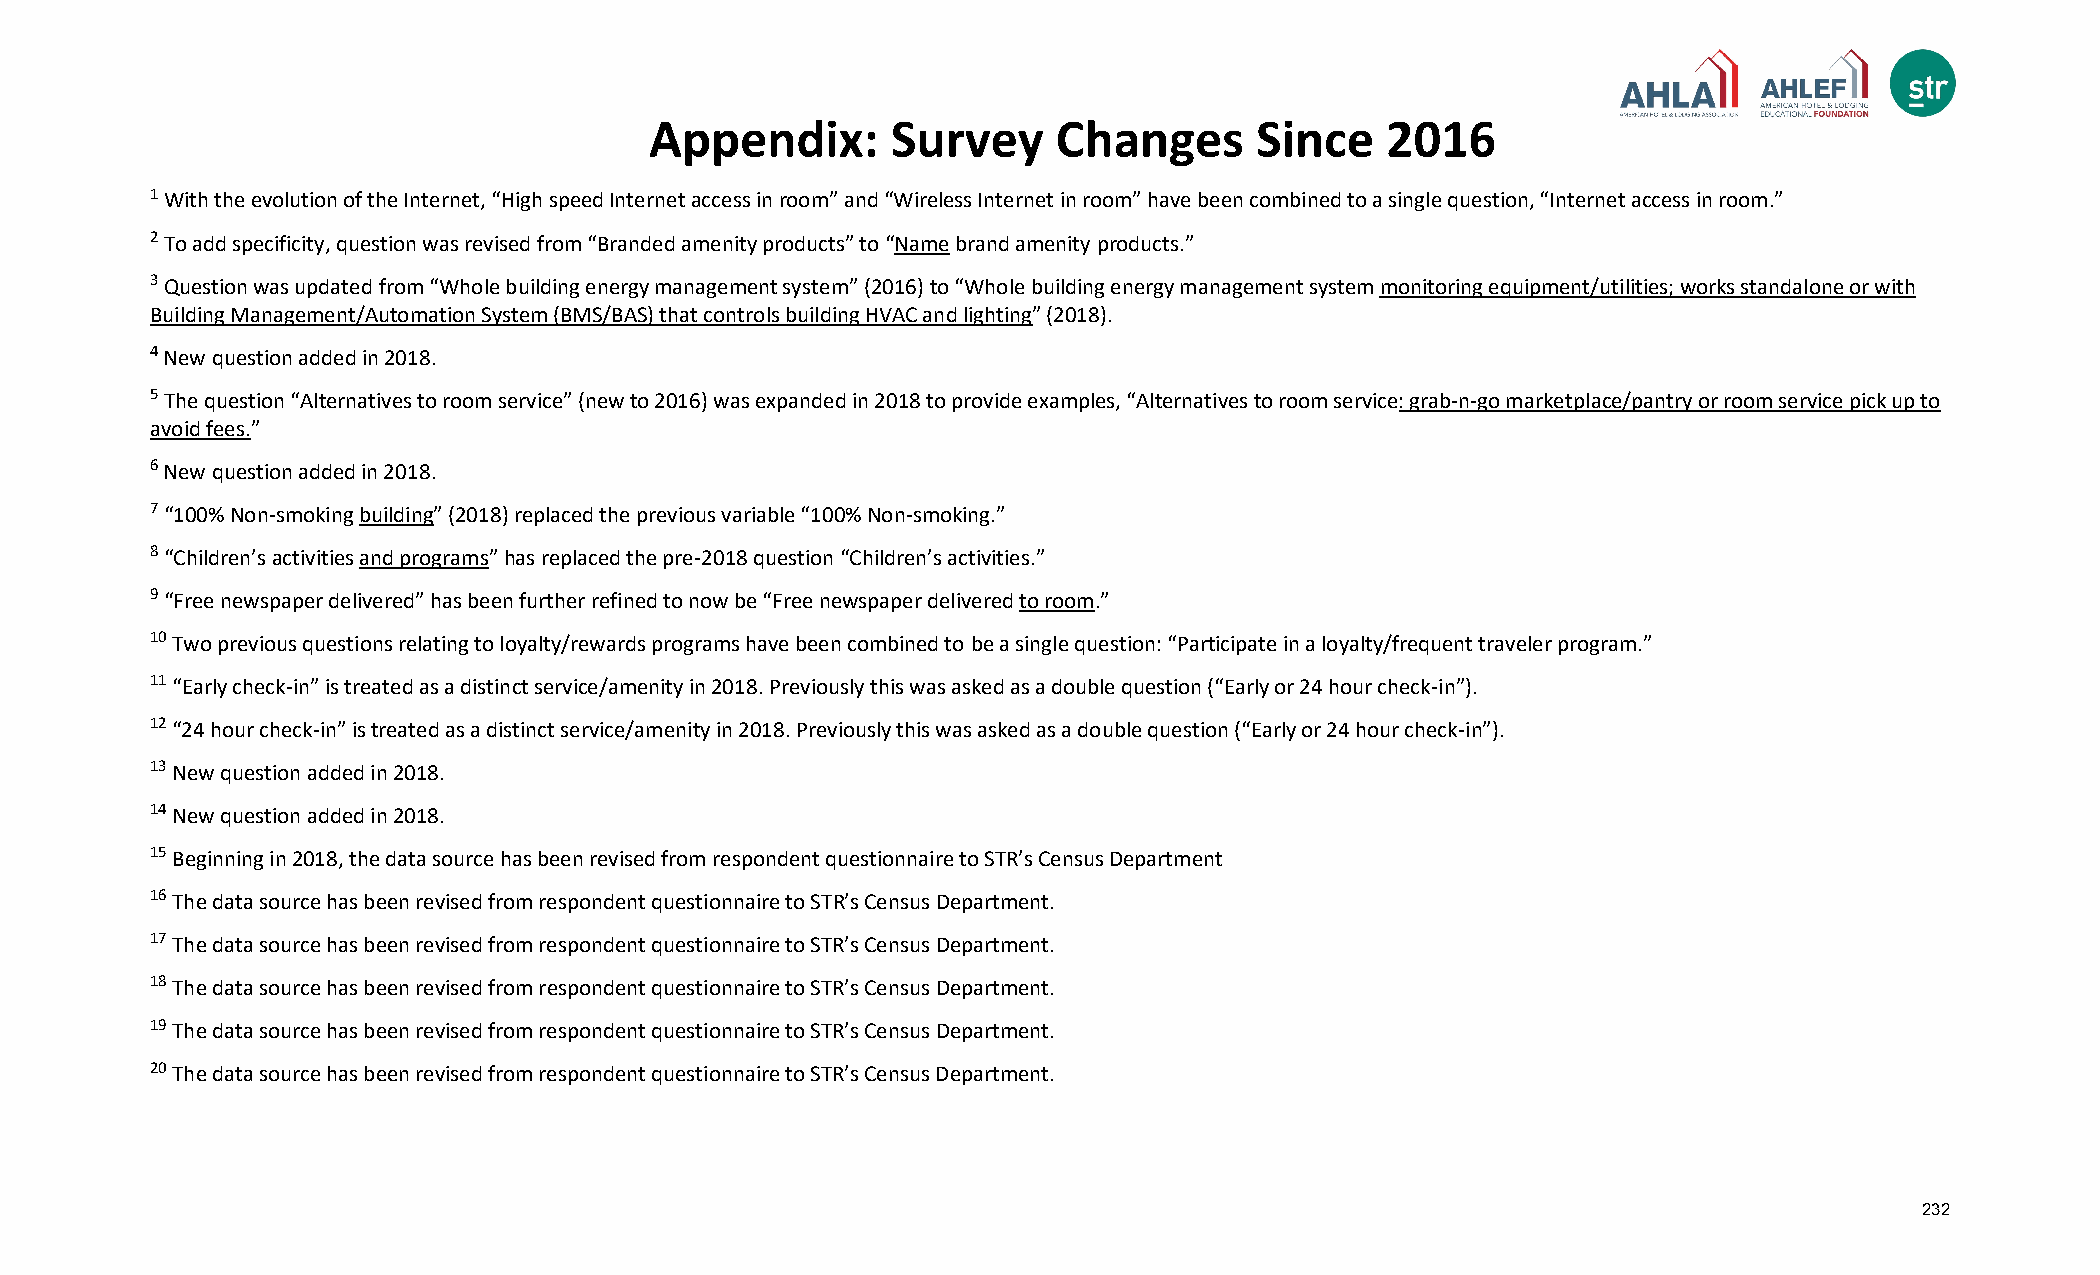
Appendix:       Survey     Changes      Since    2016
 1 With the evolution of the Internet, “High speed Internet access in room” and “Wireless Internet in room” have been combined to a single question, “Internet access in room.”
 2 To add specificity, question was revised from “Branded amenity products” to “Name brand amenity products.”
 3 Question was updated from “Whole building energy management system” (2016) to “Whole building energy management system monitoring equipment/utilities; works standalone or with
 Building Management/Automation System (BMS/BAS) that controls building HVAC and lighting” (2018).
 4 New question added in 2018.
 5 The question “Alternatives to room service” (new to 2016) was expanded in 2018 to provide examples, “Alternatives to room service: grab-n-go marketplace/pantry or room service pick up to
 avoid fees.”
 6 New question added in 2018.
 7 “100% Non-smoking building” (2018) replaced the previous variable “100% Non-smoking.”
 8 “Children’s activities and programs” has replaced the pre-2018 question “Children’s activities.”
 9 “Free newspaper delivered” has been further refined to now be “Free newspaper delivered to room.”
 10 Two previous questions relating to loyalty/rewards programs have been combined to be a single question: “Participate in a loyalty/frequent traveler program.”
 11 “Early check-in” is treated as a distinct service/amenity in 2018. Previously this was asked as a double question (“Early or 24 hour check-in”).
 12 “24 hour check-in” is treated as a distinct service/amenity in 2018. Previously this was asked as a double question (“Early or 24 hour check-in”).
 13 New question added in 2018.
 14 New question added in 2018.
 15 Beginning in 2018, the data source has been revised from respondent questionnaire to STR’s Census Department
 16 The data source has been revised from respondent questionnaire to STR’s Census Department.
 17 The data source has been revised from respondent questionnaire to STR’s Census Department.
 18 The data source has been revised from respondent questionnaire to STR’s Census Department.
 19 The data source has been revised from respondent questionnaire to STR’s Census Department.
 20 The data source has been revised from respondent questionnaire to STR’s Census Department.
 232